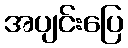
အပျင်းပြေ